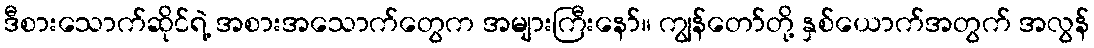
ဒီစားသောက်ဆိုင်ရဲ့ အစားအသောက်တွေက အများကြီးနော်။ ကျွန်တော်တို့ နှစ်ယောက်အတွက် အလွန်